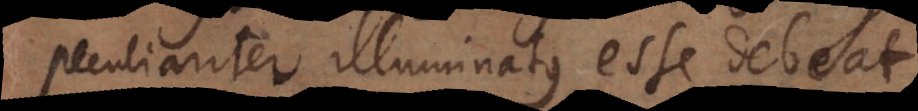
peculiariter illuminatus esse debeat.